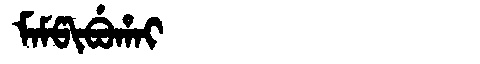
Manchu: ᠮᠠᠮᡦᡳᠪᡠᡥᠠᡳ
Romanization: MAMPIBUHAI